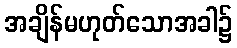
အချိန်မဟုတ်သောအခါ၌